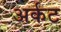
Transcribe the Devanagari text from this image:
अर्कट